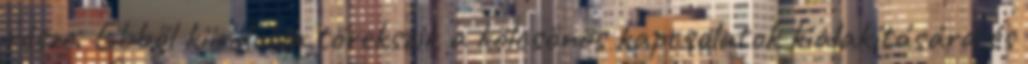
része. Ebből kiindulva törekszik a kölcsönös kapcsolatok kialakítására és